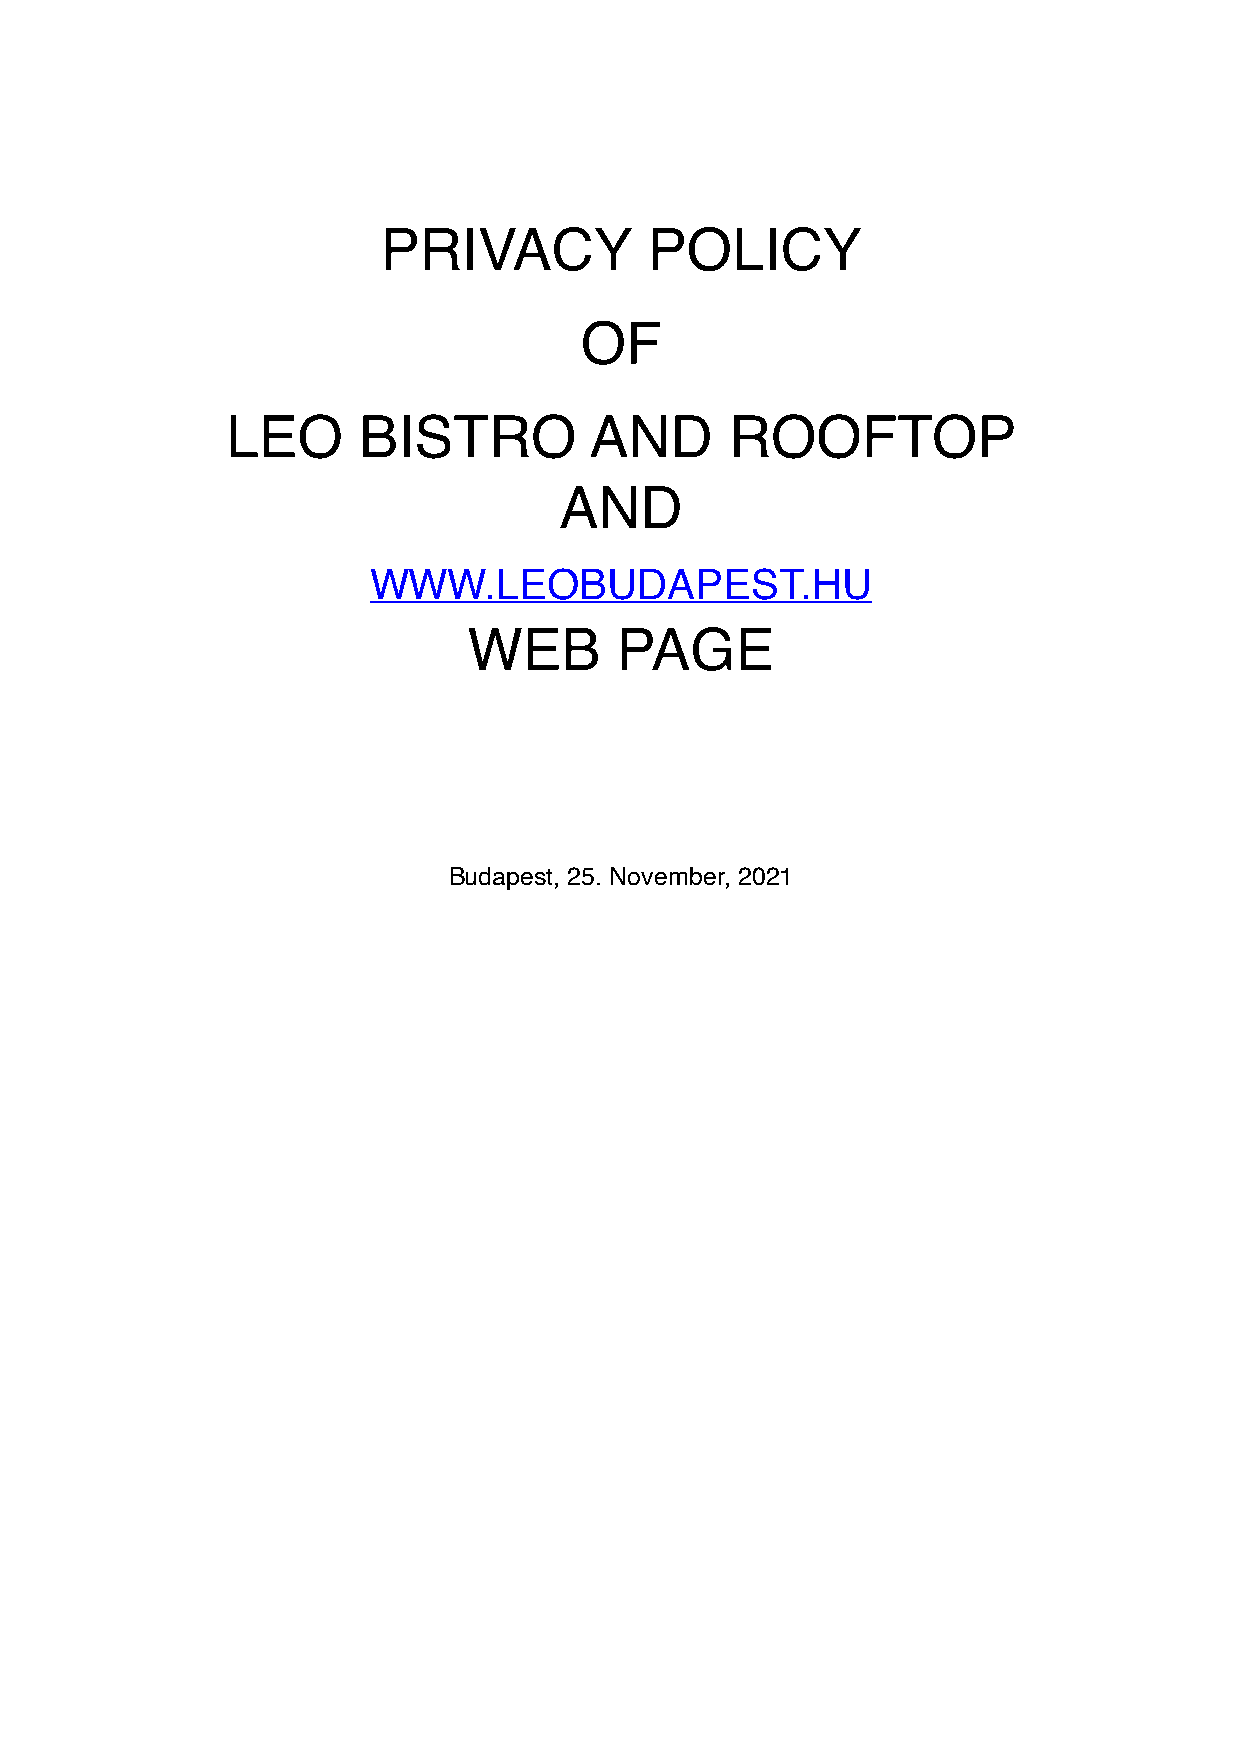
PRIVACY           POLICY
 OF
 LEO      BISTRO         AND      ROOFTOP
 AND
 WWW.LEOBUDAPEST.HU
 WEB       PAGE
 Budapest, 25. November, 2021